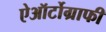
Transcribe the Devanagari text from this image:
ऐऑर्टोग्राफी